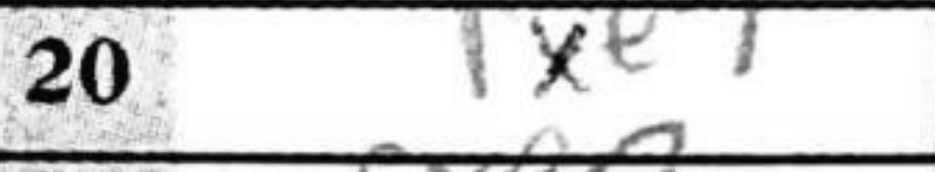
Transcription: Rxe7